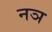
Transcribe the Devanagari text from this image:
नञ